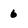
Character: 6